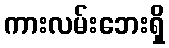
ကားလမ်းဘေးရှိ